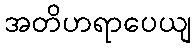
အတိဟရာပေယျ